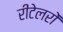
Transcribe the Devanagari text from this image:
रीटेलरों